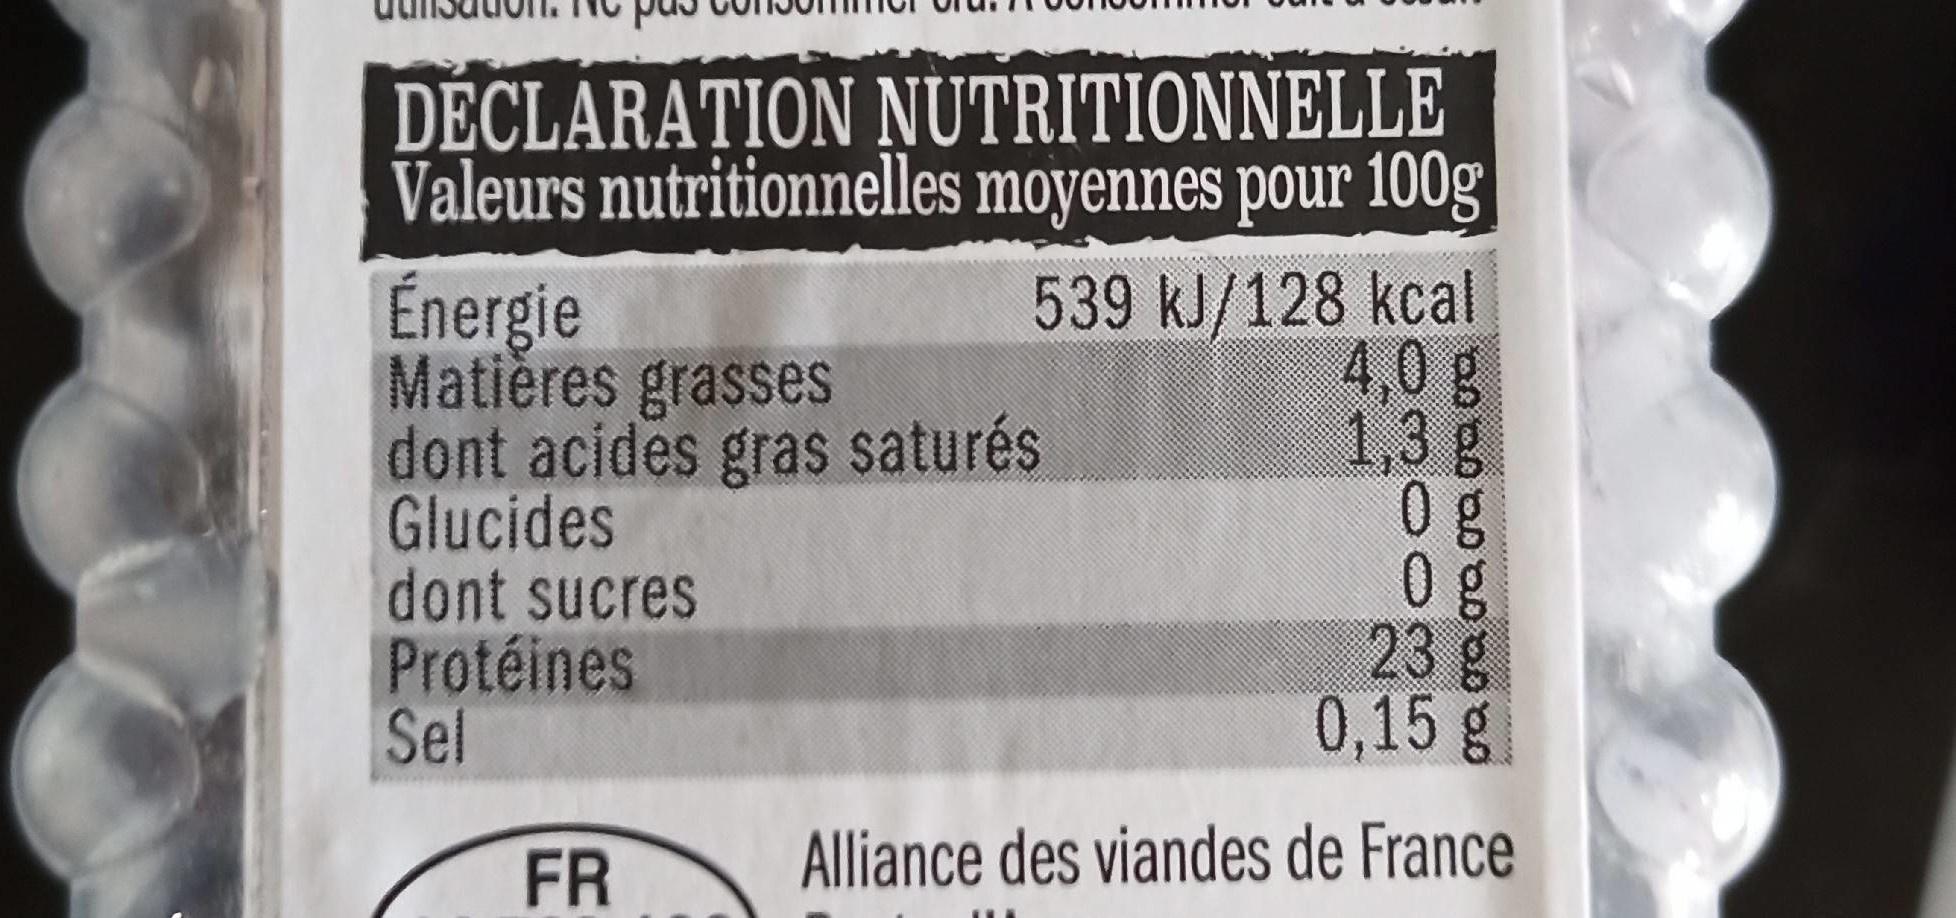
DECLARATION NUTRITIONNELLE Valeurs nutritionnelles moyennes pour 100g
Énergie Matières grasses dont acides gras saturés Glucides dont sucres Protéines Sel
539 kJ/128 kcal 4,0g 1,3g 0 g 0 g 23g 0,15 g
FR
Alliance des viandes de France